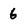
Character: 6